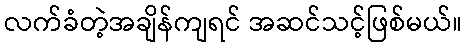
လက်ခံတဲ့အချိန်ကျရင် အဆင်သင့်ဖြစ်မယ်။